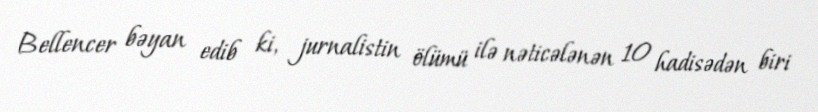
Bellencer bəyan edib ki, jurnalistin ölümü ilə nəticələnən 10 hadisədən biri